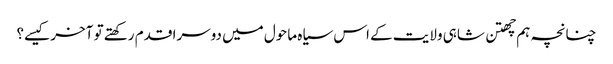
چنانچہ ہم چھتن شاہی ولایت کے اس سیاہ ماحول میں دوسرا قدم رکھتے تو آخر کیسے؟